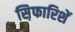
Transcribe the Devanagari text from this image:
स़िफारिशें